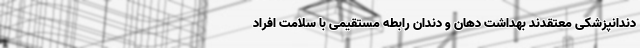
دندانپزشکی معتقدند بهداشت دهان و دندان رابطه مستقیمی با سلامت افراد